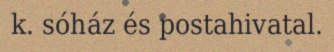
k. sóház és postahivatal.